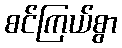
စင်ကြယ်စွာ